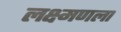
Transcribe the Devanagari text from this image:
लक्ष्मणला